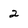
Character: 2